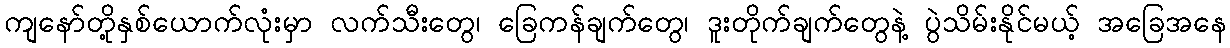
ကျနော်တို့နှစ်ယောက်လုံးမှာ လက်သီးတွေ၊ ခြေကန်ချက်တွေ၊ ဒူးတိုက်ချက်တွေနဲ့ ပွဲသိမ်းနိုင်မယ့် အခြေအနေ